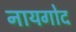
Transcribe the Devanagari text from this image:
नायगोद